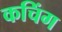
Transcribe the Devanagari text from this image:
कचिंग